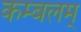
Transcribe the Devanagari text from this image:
कम्बलम्